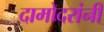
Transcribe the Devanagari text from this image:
दामोदरांनी